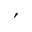
^ \prime